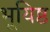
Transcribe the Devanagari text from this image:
भूयिष्ठ